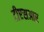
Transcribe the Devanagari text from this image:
टीएसआर